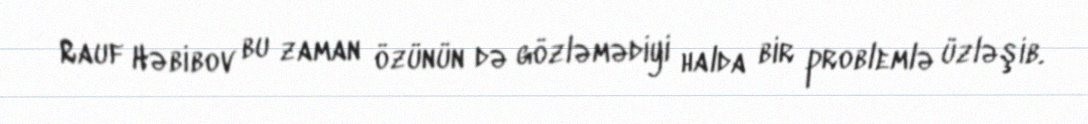
Rauf Həbibov bu zaman özünün də gözləmədiyi halda bir problemlə üzləşib.